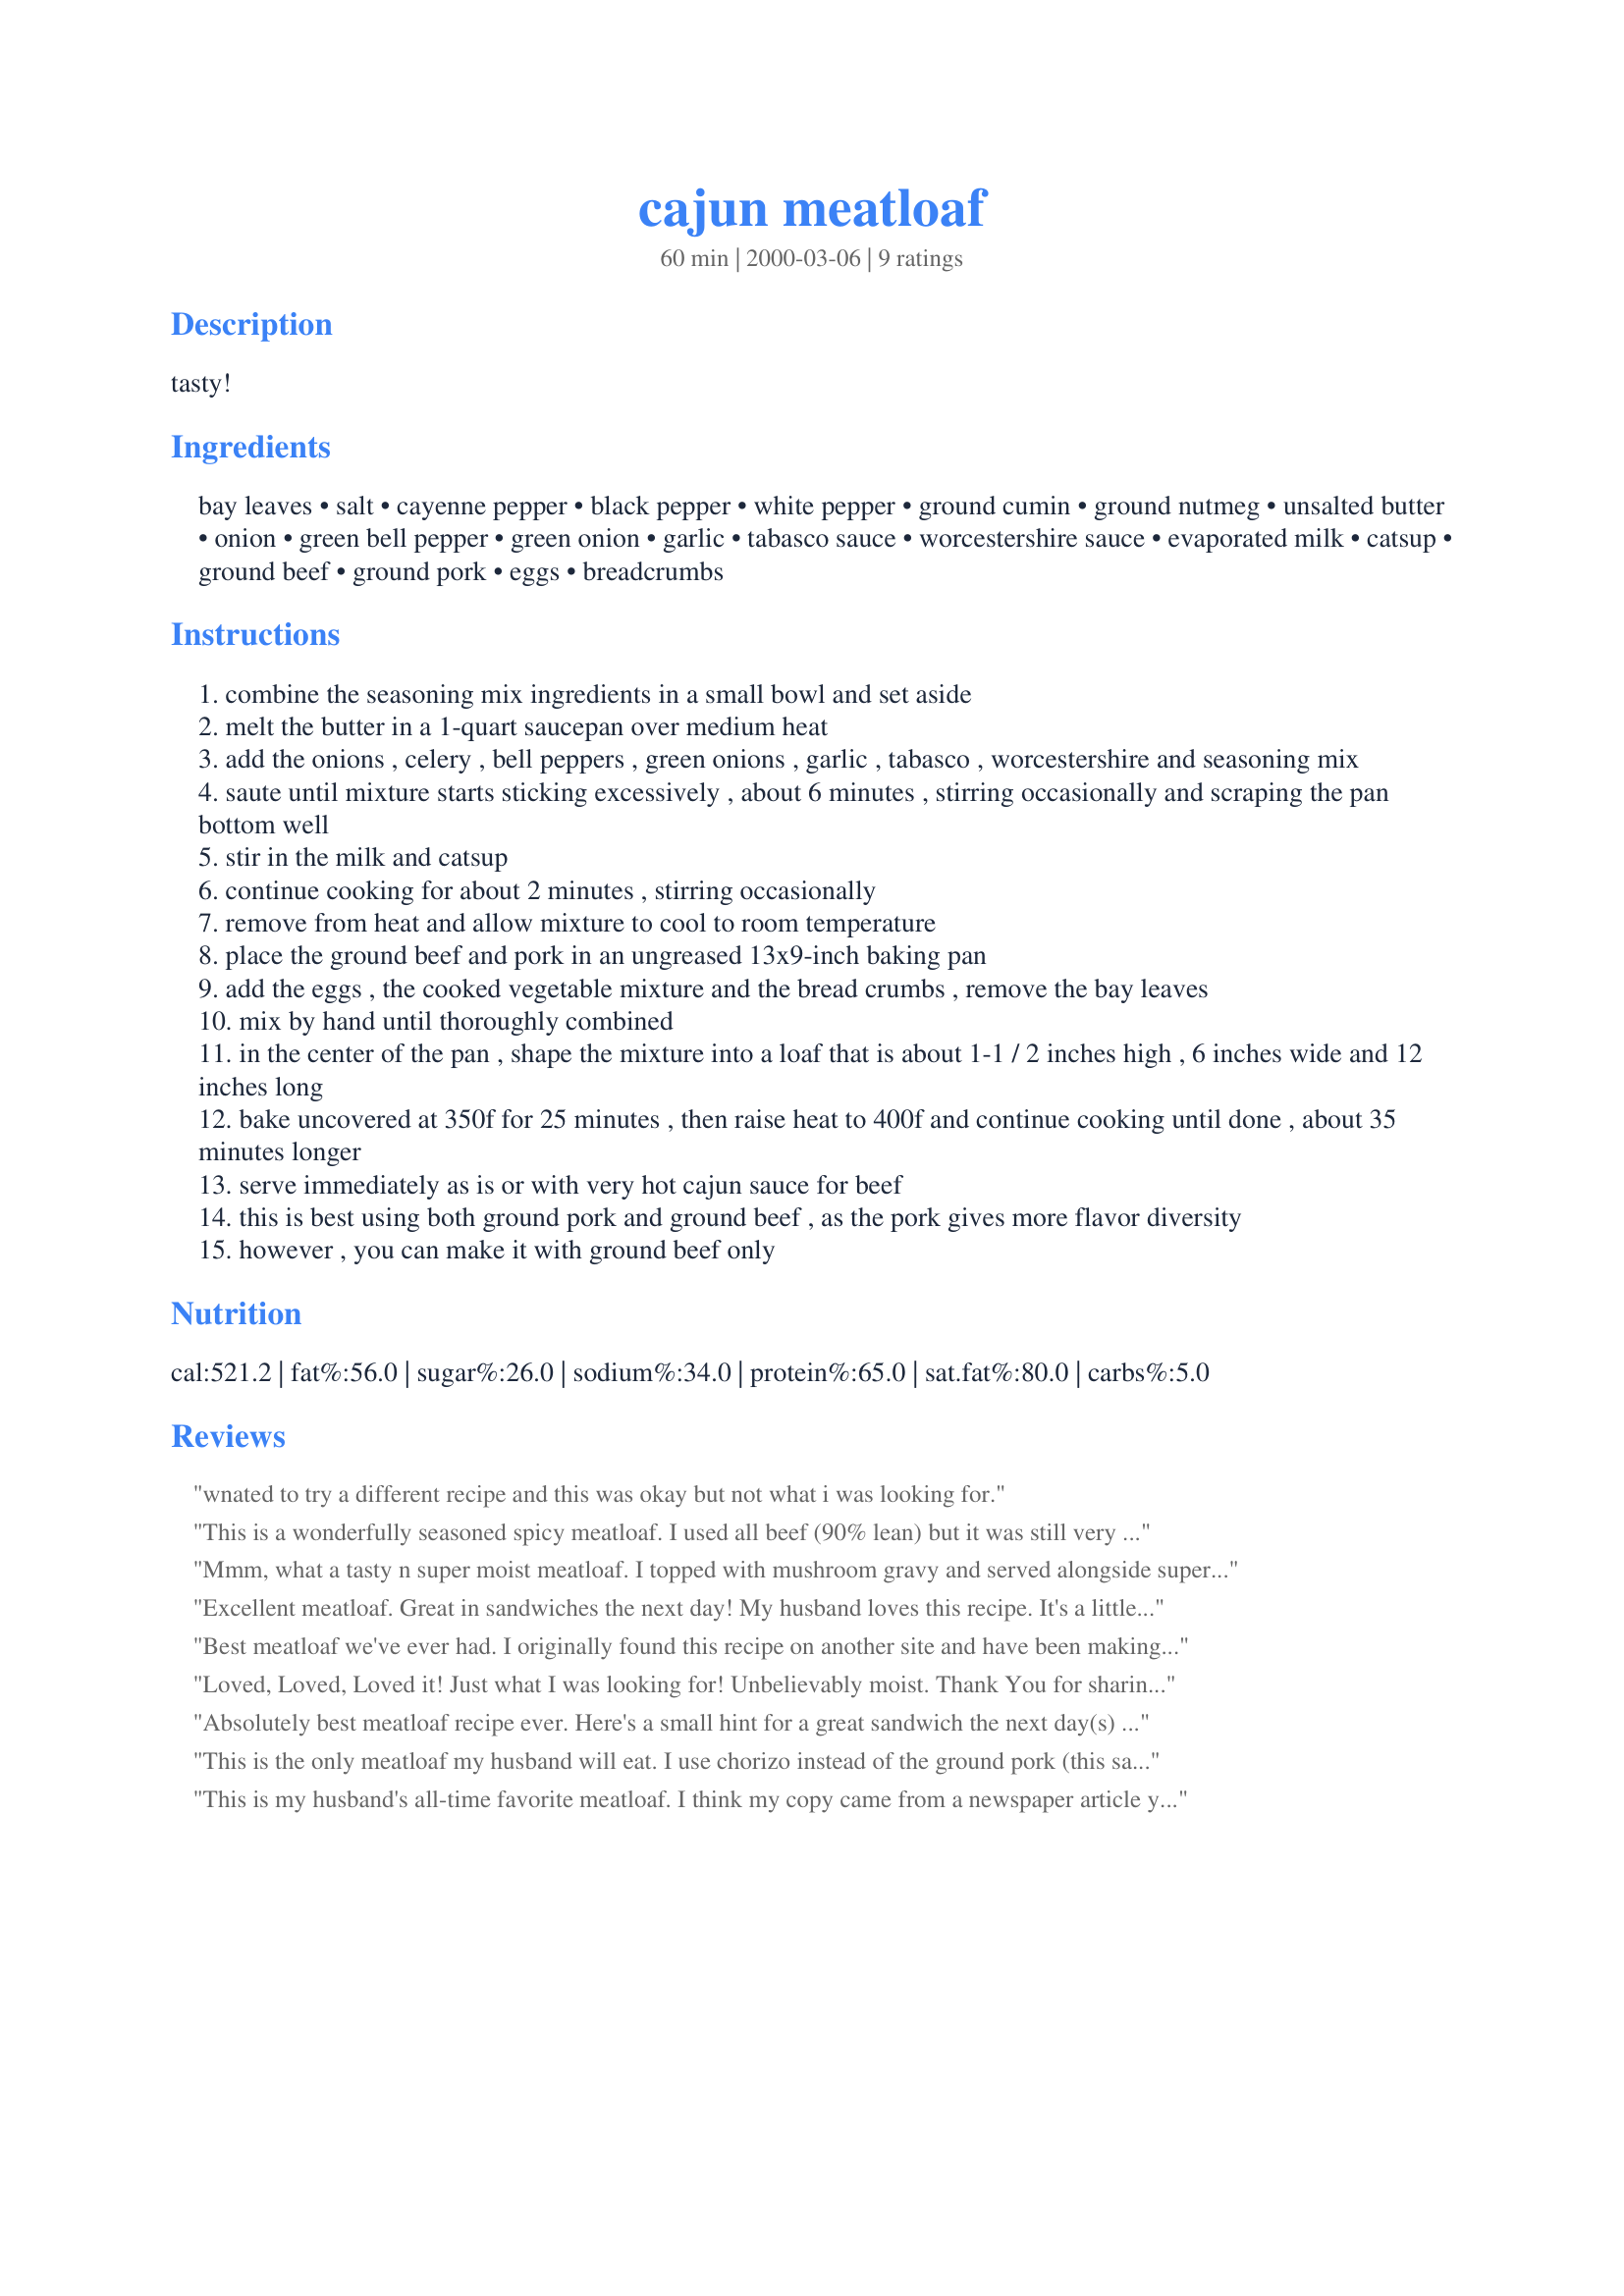
cajun meatloaf
Preparation time: 60 minutes

tasty!

Ingredients:
bay leaves, salt, cayenne pepper, black pepper, white pepper, ground cumin, ground nutmeg, unsalted butter, onion, green bell pepper, green onion, garlic, tabasco sauce, worcestershire sauce, evaporated milk, catsup, ground beef, ground pork, eggs, breadcrumbs

Steps:
combine the seasoning mix ingredients in a small bowl and set aside
melt the butter in a 1-quart saucepan over medium heat
add the onions , celery , bell peppers , green onions , garlic , tabasco , worcestershire and seasoning mix
saute until mixture starts sticking excessively , about 6 minutes , stirring occasionally and scraping the pan bottom well
stir in the milk and catsup
continue cooking for about 2 minutes , stirring occasionally
remove from heat and allow mixture to cool to room temperature
place the ground beef and pork in an ungreased 13x9-inch baking pan
add the eggs , the cooked vegetable mixture and the bread crumbs , remove the bay leaves
mix by hand until thoroughly combined
in the center of the pan , shape the mixture into a loaf that is about 1-1 / 2 inches high , 6 inches wide and 12 inches long
bake uncovered at 350f for 25 minutes , then raise heat to 400f and continue cooking until done , about 35 minutes longer
serve immediately as is or with very hot cajun sauce for beef
this is best using both ground pork and ground beef , as the pork gives more flavor diversity
however , you can make it with ground beef only

Reviews:
wnated to try a different recipe and this was okay but not what i was looking for.
This is a wonderfully seasoned spicy meatloaf. I used all beef (90% lean) but it was still very moist. A definite keeper.
Mmm, what a tasty n super moist meatloaf. I topped with mushroom gravy and served alongside super smooth mashed potatoes, carrots and green beans.
Thanks for sharing :)
Excellent meatloaf. Great in sandwiches the next day! My husband loves this recipe. It's a little more time consuming in the preparation, but well worth it. Thanks, Carole in Orlando
Best meatloaf we've ever had. I originally found this recipe on another site and have been making it about a year now. I leave out the nutmeg and make a topping with tomato sauce and brown sugar. I don't bake it as long as indicated, it dried it out the first time I made it. It's just an outstanding recipe and a family favorite.
Loved, Loved, Loved it! Just what I was looking for! Unbelievably moist. Thank You for sharing this.
Absolutely best meatloaf recipe ever. Here's a small hint for a great sandwich the next day(s) Grilled meatloaf sandwiches. Absolutely terrific, especially on a sturdy bread, like a pump/rye swirl, with mustard. OMG! Of course, I topped the mearloaf with a brown sugar, mustard and ketchup blend.
This is the only meatloaf my husband will eat. I use chorizo instead of the ground pork (this same recipe on allrecipes.com calls for andouille) and pack it into two loaf pans. It's probably not too kid-friendly because of the spiciness but this is absolutely the best, moistest, most flavor-packed meatloaf around!
This is my husband's all-time favorite meatloaf. I think my copy came from a newspaper article years ago and was attributed to Paul Prudhomme. It takes a little time to put together, but it is absolutely worth it!
